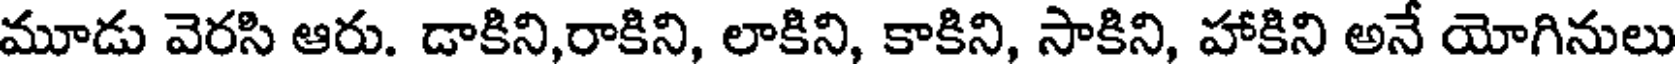
మూడు వెరసి ఆరు. డాకిని,రాకిని, లాకిని, కాకిని, సాకిని, హాకిని అనే యోగినులు